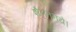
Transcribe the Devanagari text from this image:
शैलतनये।